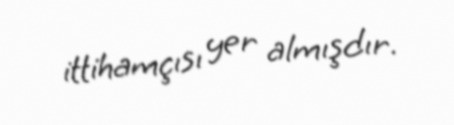
ittihamçısı yer almışdır.